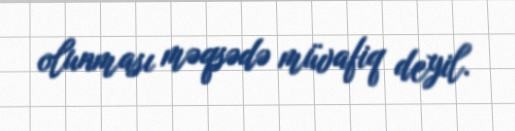
olunması məqsədə müvafiq deyil.